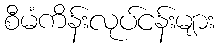
စီမံကိန်းလုပ်ငန်းများ